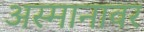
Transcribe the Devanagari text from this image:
अस्मानावर